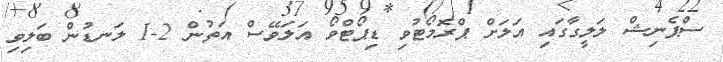
ސްޕެނިޝް ލަލީގާގައި އަލަށް ޕްރޮމޯޓުވި ޑިޕޯޓްވޯ އަލަވޭސް އަތުން 2-1 ލަނޑުން ބަލިވި